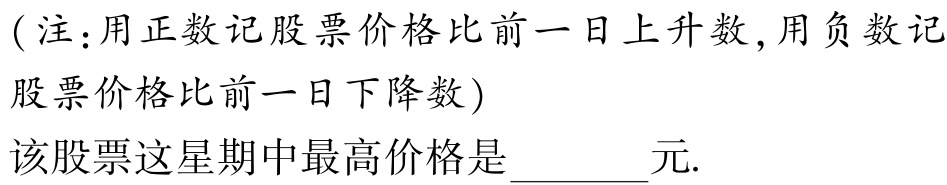
(注：用正数记股票价格比前一日上升数,用负数记

股票价格比前一日下降数)

该股票这星期中最高价格是  元.